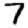
Digit: 7